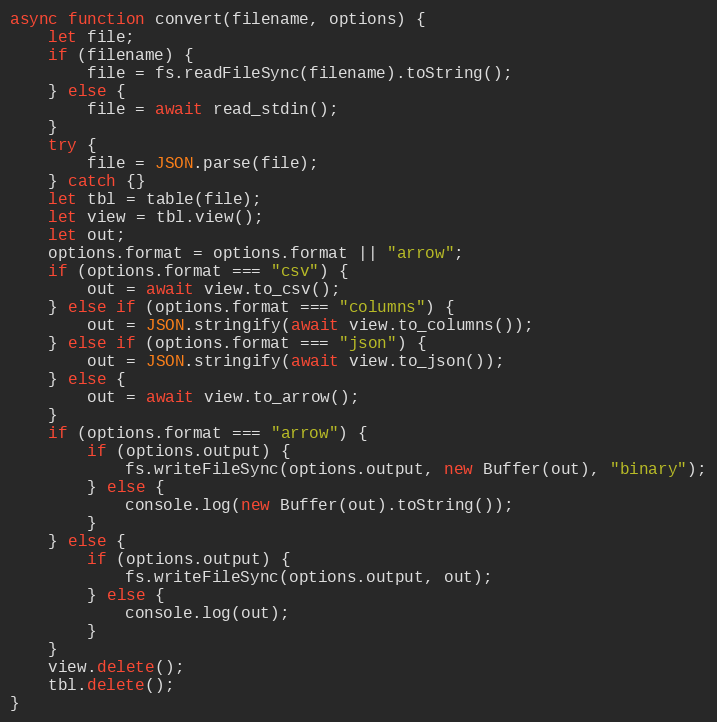
Language: JavaScript
async function convert(filename, options) {
    let file;
    if (filename) {
        file = fs.readFileSync(filename).toString();
    } else {
        file = await read_stdin();
    }
    try {
        file = JSON.parse(file);
    } catch {}
    let tbl = table(file);
    let view = tbl.view();
    let out;
    options.format = options.format || "arrow";
    if (options.format === "csv") {
        out = await view.to_csv();
    } else if (options.format === "columns") {
        out = JSON.stringify(await view.to_columns());
    } else if (options.format === "json") {
        out = JSON.stringify(await view.to_json());
    } else {
        out = await view.to_arrow();
    }
    if (options.format === "arrow") {
        if (options.output) {
            fs.writeFileSync(options.output, new Buffer(out), "binary");
        } else {
            console.log(new Buffer(out).toString());
        }
    } else {
        if (options.output) {
            fs.writeFileSync(options.output, out);
        } else {
            console.log(out);
        }
    }
    view.delete();
    tbl.delete();
}